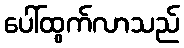
ပေါ်ထွက်လာသည်